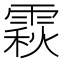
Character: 𩄍